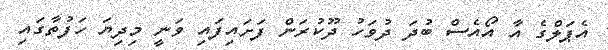
އެޕަލްގެ އާ އޯއެސް ބުދަ ދުވަހު ދޫކުރަން ފަށައިފައި ވަނީ މިދިޔަ ހަފުތާގައި